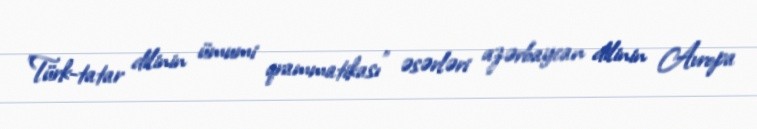
"Türk-tatar dilinin ümumi qrammatikası" əsərləri azərbaycan dilinin Avropa